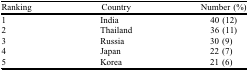
| Ranking | Country | Number (%) |
 | --- | --- | --- |
 | 1 | India | 40 (12) |
 | 2 | Thailand | 36 (11) |
 | 3 | Russia | 30 (9) |
 | 4 | Japan | 22 (7) |
 | 5 | Korea | 21 (6) |